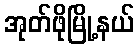
အုတ်ဖိုမြို့နယ်